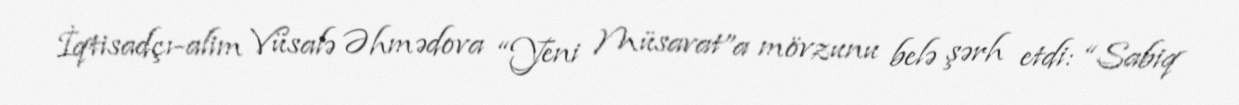
İqtisadçı-alim Vüsalə Əhmədova “Yeni Müsavat”a mövzunu belə şərh etdi: “Sabiq